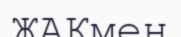
ЖАКмен